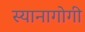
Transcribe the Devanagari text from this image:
स्यानागोगी